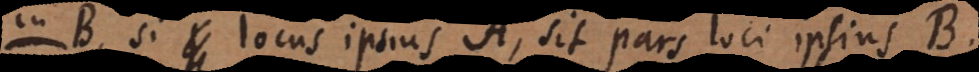
in B, si locus ipsius A, sit pars loci ipsius B.